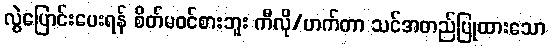
လွဲပြောင်းပေးရန် စိတ်မဝင်စားဘူး ကီလို/ဟက်တာ သင်အတည်ပြုထားသော